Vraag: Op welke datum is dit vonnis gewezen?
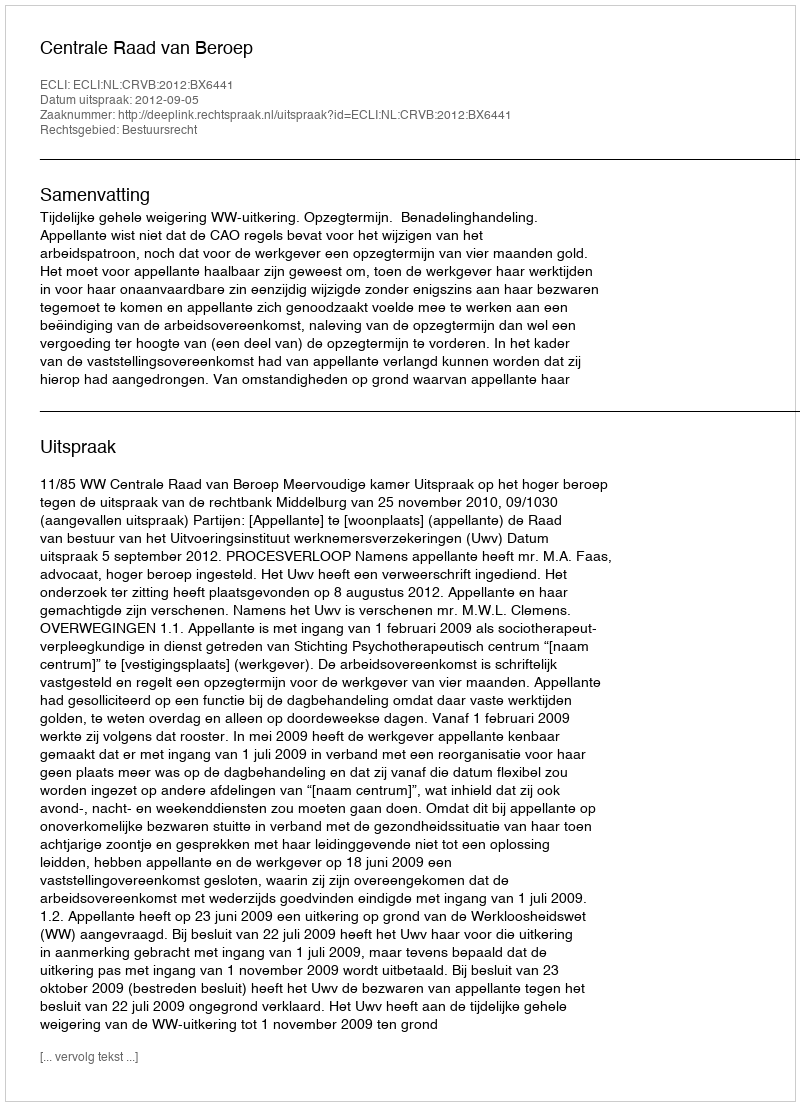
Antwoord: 2012-09-05